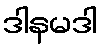
ဒါနမဒါ